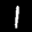
Label: 1